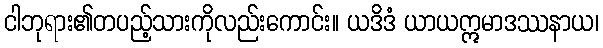
ငါဘုရား၏တပည့်သားကိုလည်းကောင်း။ ယဒိဒံ ယာယဣမာဒဿနာယ၊